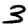
Digit: 3